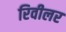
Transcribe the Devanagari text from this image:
रिवीलर